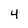
Character: 4